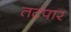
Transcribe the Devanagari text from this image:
तटपार